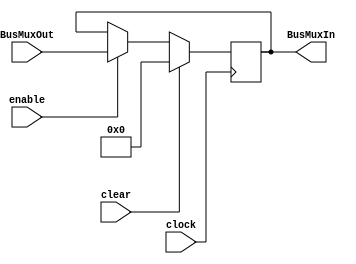
module register(
	input clear, clock, enable,
	input [31:0]BusMuxOut,
	output wire [31:0]BusMuxIn
);
reg [31:0]q;
initial q = 32'b0;
always @ (posedge clock)
		begin 
			if (clear) begin
				q <= {32{1'b0}};
				//q <= {32{1'b1}};
				//q<= 32'h43;  // to hardcode 
				//q<= 32'd10;
			end
			else if (enable) begin
				q <= BusMuxOut;
			end
		end
	assign BusMuxIn = q[31:0];
endmodule